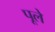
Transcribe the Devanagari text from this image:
पूले